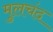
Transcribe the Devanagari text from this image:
मुलचंद